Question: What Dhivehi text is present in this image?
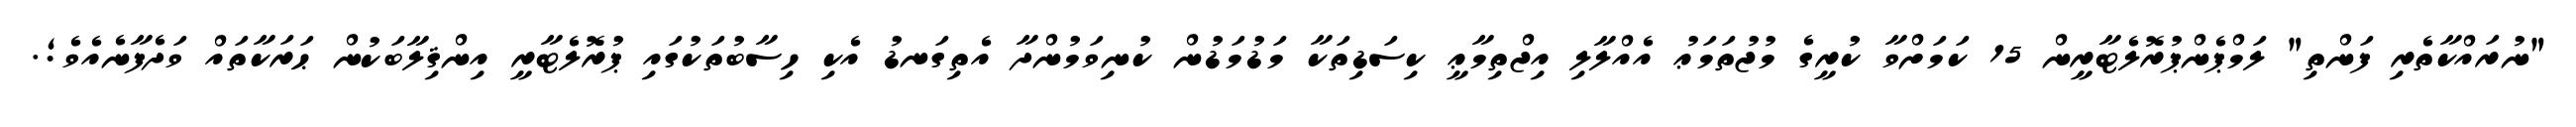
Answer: "ނުރައްކާތެރި ފަންތި" ލަމްޕެންޕުރޮލެޓާރީން 15 ކަމަށްވާ ކުރީގެ މުޖުތަމަޢު އެއްލާލި އިޖްތިމާޢީ ކިސަޑިތަކާ މަޑުމަޑުން ކުނިވަމުންދާ އެތިގަނޑު އެކި ހިސާބުތަކުގައި ޕުރޮލެޓާރީ އިންޤިލާބަކުން ޙަރަކާތައް ވަދެފާނެއެވެ;.